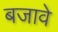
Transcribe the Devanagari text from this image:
बजावे